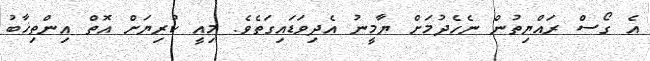
އެ ގޯސް ރައްޔިތުން ނެހެދުމަށް ޔާމީނު އެދިވަޑައިގަތެވެ. މިއީ ކުރިޔަށް އޮތް އިންތިޚާބު